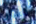
كابون